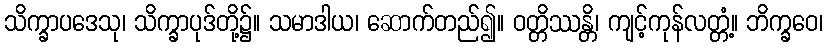
သိက္ခာပဒေသု၊ သိက္ခာပုဒ်တို့၌။ သမာဒါယ၊ ဆောက်တည်၍။ ဝတ္တိဿန္တိ၊ ကျင့်ကုန်လတ္တံ့။ ဘိက္ခဝေ၊